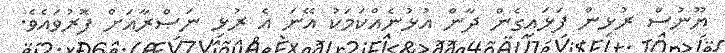
ޔޫނުސް ރުޅިން ފަޅައިގެން ދާން އުޅުނެއްކަމަކު އޭނަ އެ ރުޅި ނަޞްރާއަށް ފޮރުވައެވެ.